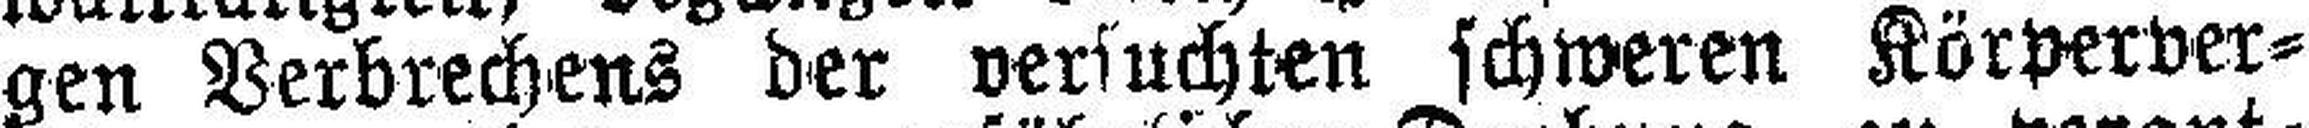
gen Verbrechens der versuchten schweren Körperver¬